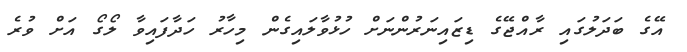
އޭގެ ބަދަލުގައި ރާއްޖޭގެ ޑިޒައިނަރުންނަށް ހުޅުވާލައިގެން މިހާރު ހަދާފައިވާ ލޯގޯ އަށް ވުރެ